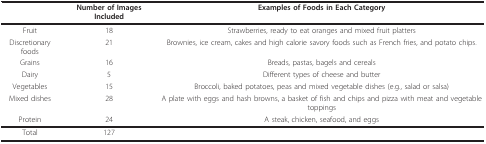
|  | Number of Images Included | Examples of Foods in Each Category |
 | --- | --- | --- |
 | Fruit | 18 | Strawberries, ready to eat oranges and mixed fruit platters |
 | Discretionary foods | 21 | Brownies, ice cream, cakes and high calorie savory foods such as French fries, and potato chips. |
 | Grains | 16 | Breads, pastas, bagels and cereals |
 | Dairy | 5 | Different types of cheese and butter |
 | Vegetables | 15 | Broccoli, baked potatoes, peas and mixed vegetable dishes (e.g., salad or salsa) |
 | Mixed dishes | 28 | A plate with eggs and hash browns, a basket of fish and chips and pizza with meat and vegetable toppings |
 | Protein | 24 | A steak, chicken, seafood, and eggs |
 | Total | 127 |  |